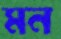
মন